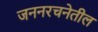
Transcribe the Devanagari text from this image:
जननरचनेतील